Report on sanitation, dispensaries, and jails in Rajputana for 1914, and on vaccination for the year 1914-1915 - 1914-1915
Year: 1914
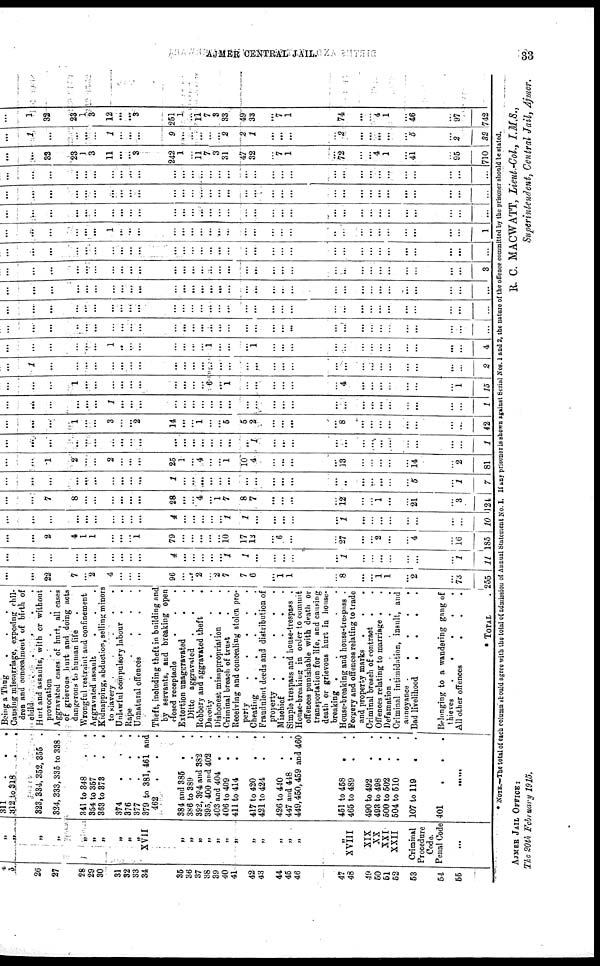
AJMER CENTRAL JAIL.
33
24
25
26
27
28
29
30
31
32
33
34
36
36
37
38
39
40
41
42
43
44
45
46
47
48
49
50
51
52
53
54
55
„
„
„
„
„
„
„
„
„
„
XVII
„
„
„
„
„
„
„
„
„
„
„
„
„
XVIII
XIX
XX
XXI
XXII
Criminal
Procedure
Code.
Penal Code
...
311 . . . . . .
312 to 318 . .
323,334, 352, 355 .
324, 333,335 to 338 .
341 to 348 . .
354 to 357 . .
363 to 373 . .
374
.
.
.
376
.
.
.
377 . . .
379 to 381,461 and
462
.
.
.
384 and 385 . .
386 to 389 . .
392, 394 and 382 .
395, 400 and 402 .
403 and 404 . .
406 to 409 . .
411 to 414 . .
417 to 420 . .
421 to 424 . .
426 to 440 . .
447 and 448 . .
449,450,459 and 460
451 to 458 . .
465 to 489 . .
490 to 492
.
.
493 to 498 . .
500 to 502 . .
504 to 510 . .
107 to 119 . .
401
.
.
.
......
Being a Thug . . . .
Causing miscarriage, exposing chil-
dren and concealment of birth of
child
.
.
.
.
.
Hurt and assaults, with or without
provocation
.
.
.
.
Aggravated cases of hurt, all cases
or grievous hurt and doing nots
dangerous to human life .
Wrongful restraint and confinement
Aggravated assault . . .
Kidnapping, abduction, selling minors
to slavery . .
Unlawful compulsory labour . .
Rape
.
.
.
Unnatural offences . .
Theft, including theft in building and
by servants, and breaking open
closed receptacle . . .
Extortion unaggravated . .
Ditto aggravated . . .
Robbery and Aggravated theft
.
Dacoity
.
.
.
.
Dishonest misappropriation . .
Criminal breach of trust . .
Receiving and concealing stolen pro-
perty
.
.
.
.
Cheating
.
.
.
.
.
Fraudulent deeds and distribution of
property
.
.
.
.
.
Mischief
.
.
.
.
.
Simple trespass and house-trespass .
House-breaking in order to commit
offences punishable with death or
transportation for life, and causing
death or grievous hurt in house-
breaking
.
.
.
.
.
House-breaking and house-trespass .
Forgery and offences relating to trade
and property marks . . .
Criminal breach of contract . .
Offences relating to marriage . .
Defamation
.
.
.
.
Criminal intimidation, insult, and
annoyance
.
.
.
.
.
Bad livelihood
.
.
.
.
Belonging to a wandering gang of
thieves
.
.
.
.
.
All other offences . . .
TOTAL
.
...
...
22
7
...
2
4
...
...
...
96
...
...
2
...
2
7
7
6
...
1
1
...
8
...
...
1
1
...
2
...
73
255
...
...
...
...
...
...
...
...
...
...
4
...
...
...
...
...
1
1
...
...
...
...
...
1
...
...
...
...
...
...
...
1
11
...
...
2
4
1
1
...
...
...
1
79
...
...
...
...
...
10
17
12
...
6
...
...
27
...
...
2
...
...
4
...
16
185
...
...
...
...
...
...
...
...
...
...
4
...
...
...
...
...
1
1
...
...
...
...
...
1
...
...
...
...
...
...
...
...
10
...
...
7
8
...
...
...
...
...
...
28
...
...
4
...
1
7
8
7
...
...
...
...
12
...
... 1
...
...
21
...
3
124
...
...
...
...
...
...
...
...
...
...
1
...
...
...
...
...
...
...
...
...
...
...
...
...
...
...
...
...
...
5
...
1
7
...
...
1
2
...
...
2
...
...
...
25
1
...
4
...
...
1
10
4
...
...
...
...
13
...
...
...
...
...
14
...
2
81
...
...
...
...
...
...
...
...
...
...
...
...
...
...
...
...
...
...
1
...
...
...
...
...
...
...
...
...
...
...
...
...
1
...
...
...
1
...
...
3
...
...
2
14
...
...
1
...
...
5
5
2
...
...
...
...
8
...
...
...
...
...
...
...
...
42
...
...
...
...
...
...
1
...
...
...
...
...
...
...
...
...
...
...
...
...
...
...
...
...
...
...
...
...
...
...
...
...
1
...
...
...
1
...
...
...
...
...
...
...
...
...
...
6
...
1
...
...
...
...
...
...
4
...
...
...
...
...
...
...
1
15
...
1
...
...
...
...
...
...
...
...
...
...
...
...
...
...
...
...
...
...
...
...
...
...
...
...
...
...
...
...
...
...
2
...
...
...
...
...
...
1
...
...
...
...
...
...
...
1
...
...
...
1
...
...
...
...
...
...
...
...
...
...
...
...
...
4
...
...
...
...
...
...
...
...
...
...
...
...
...
...
...
...
...
...
...
...
...
...
...
...
...
...
...
...
...
...
...
...
...
...
...
...
...
...
...
...
...
...
...
...
...
...
...
...
...
...
...
...
...
...
...
...
...
...
...
...
...
...
...
...
...
...
...
...
...
...
...
...
...
...
...
...
...
...
...
...
...
...
...
...
...
...
...
...
...
...
...
...
...
...
...
...
...
...
...
...
...
...
...
...
...
...
...
...
...
...
...
...
...
...
...
...
...
...
...
...
...
...
...
...
...
...
...
...
...
...
...
3
...
...
...
...
...
...
...
...
...
...
...
...
...
...
...
...
...
...
...
...
...
...
...
...
...
...
...
...
...
...
...
...
...
...
...
...
...
...
...
1
...
...
...
...
...
...
...
...
...
...
...
...
...
...
...
...
...
...
...
...
...
...
...
...
...
1
...
...
...
...
...
...
...
...
...
...
...
...
...
...
...
...
...
...
...
...
...
...
...
...
...
...
...
...
...
...
...
...
...
...
...
...
...
...
...
...
...
...
...
...
...
...
...
...
...
...
...
...
...
...
...
...
...
...
...
...
...
...
...
...
...
...
...
...
...
...
...
...
...
...
...
...
...
...
...
...
...
...
...
...
...
...
...
...
...
...
...
...
...
...
...
...
...
...
...
...
...
32
23
1
3
11
...
...
3
242
1
...
11
7
3
31
47
32
...
7
1
...
72
...
... 4
1
...
41
...
95
710
...
1
...
...
...
...
1
...
...
...
9
...
...
...
...
...
2
2
1
...
...
...
...
2
...
...
...
...
...
5
...
2
32
...
1
32
23
1
3
12
...
...
3
251
1
...
11 7
3
33
49
33
...
7 1
...
74
...
...
4
1
...
46
...
97
742
* NOTE.—The total of each column should agree with the total of admission of Annual Statement No. I. If any prisoner is shown against Serial Nos. 1 and 2, the nature of the offence committed by the prisoner should be stated.
AJMER JAIL OFFICE:
The 20th February 1915.
R. C. MACWATT, Lieut.-Col., I.M.S.,
Superintendent, Central Jail, Ajmer.